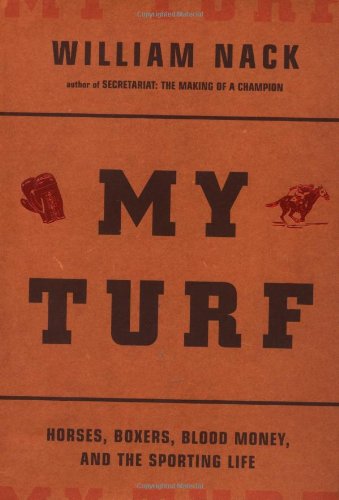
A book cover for My Turf: Horses, Boxers, Blood Money, And The Sporting Life; William Nack; Sports & Outdoors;